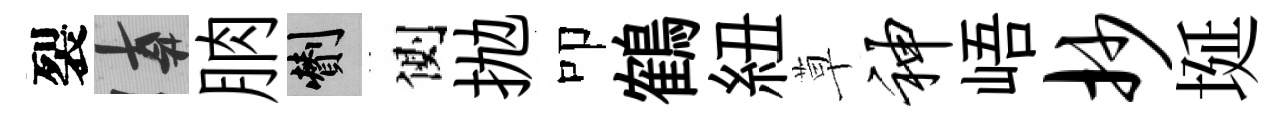
裂遲朒剪側抛叩鶴紐草神峿抄埏